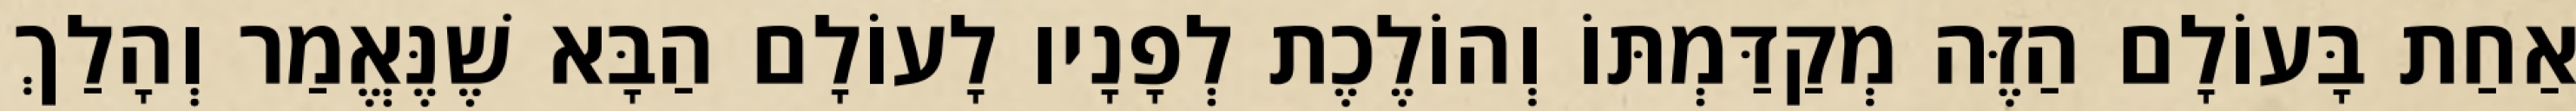
אַחַת בָּעוֹלָם הַזֶּה מְקַדַּמְתּוֹ וְהוֹלֶכֶת לְפָנָיו לָעוֹלָם הַבָּא שֶׁנֶּאֱמַר וְהָלַךְ